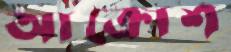
আক্রোশ